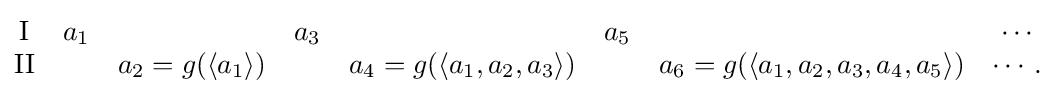
{\begin{matrix}\mathrm {I} &a_{1}&\quad &a_{3}&\quad &a_{5}&\quad &\cdots \\\mathrm {II} &\quad &a_{2}=g(\langle a_{1}\rangle )&\quad &a_{4}=g(\langle a_{1},a_{2},a_{3}\rangle )&\quad &a_{6}=g(\langle a_{1},a_{2},a_{3},a_{4},a_{5}\rangle )&\cdots .\end{matrix}}